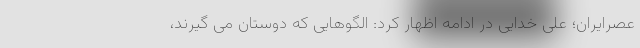
عصرایران؛ علی خدایی در ادامه اظهار کرد: الگوهایی که دوستان می گیرند،